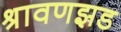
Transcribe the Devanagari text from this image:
श्रावणझड